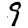
Digit: 9